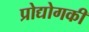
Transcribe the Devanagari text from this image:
प्रोद्योगकी